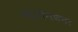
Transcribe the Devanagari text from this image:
वस्तीगणना